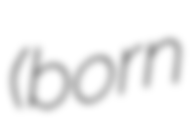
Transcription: (born